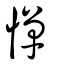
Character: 憚